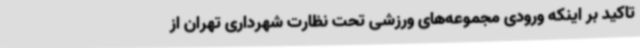
تاکید بر اینکه ورودی مجموعه‌های ورزشی تحت نظارت شهرداری تهران از